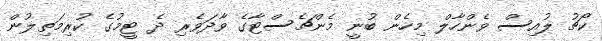
ކޯޗު ލުއިސް ވެންހާލް މިހެން ބުނީ މެންޗެސްޓާގެ ވާދަވެރި ދެ ޓީމުގެ ކުރިމަތިލުން